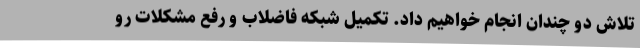
تلاش دو چندان انجام خواهیم داد. تکمیل شبکه فاضلاب و رفع مشکلات رو